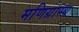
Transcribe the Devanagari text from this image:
मणिग्रास्य